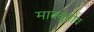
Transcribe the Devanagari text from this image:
माक्सुतोव